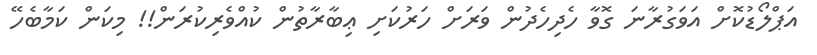
އަޕްލޯޑުކޮށް އަވަގުރާނަ ގޮވާ ހެދިހެދުން ވަރަށް ހަރުކަށި ޢިބާރާތުން ކުއްވެރިކުރަން!! މިކަން ކަމާބެހޭ